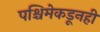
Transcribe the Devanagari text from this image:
पश्चिमेकडूनही